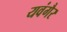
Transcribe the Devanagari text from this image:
यवंगैर